Annual statistical returns and brief notes on vaccination in Bengal - 1887-1898
Year: 1887
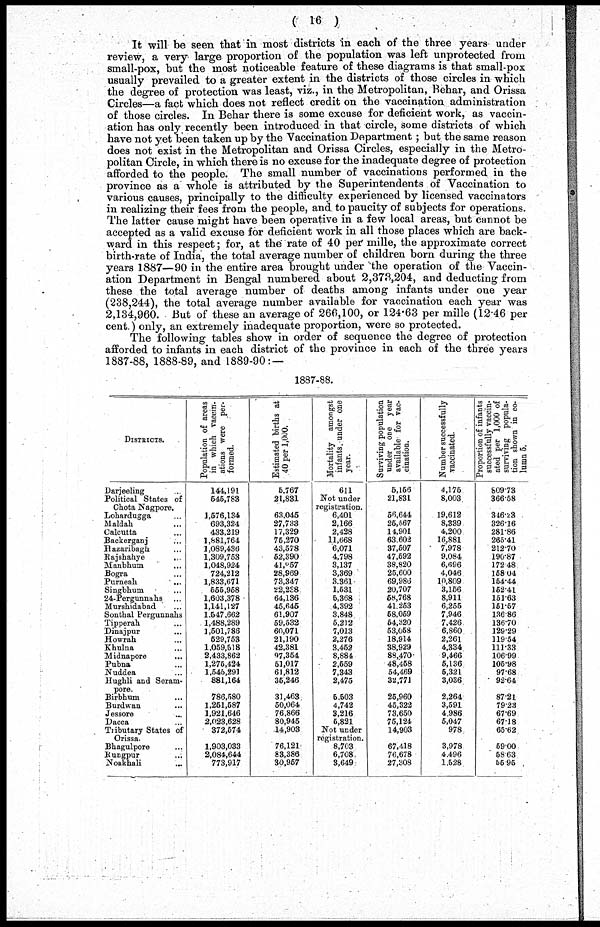
( 16 )
It will be seen that in most districts in each of the three years under
review, a very large proportion of the population was left unprotected from
small-pox, but the most noticeable feature of these diagrams is that small-pox
usually prevailed to a greater extent in the districts of those circles in which
the degree of protection was least, viz., in the Metropolitan, Behar, and Orissa
Circles—a fact which does not reflect credit on the vaccination administration
of those circles. In Behar there is some excuse for deficient work, as vaccin-
ation has only recently been introduced in that circle, some districts of which
have not yet been taken up by the Vaccination Department ; but the same reason
does not exist in the Metropolitan and Orissa Circles, especially in the Metro-
politan Circle, in which there is no excuse for the inadequate degree of protection
afforded to the people. The small number of vaccinations performed in the
province as a whole is attributed by the Superintendents of Vaccination to
various causes, principally to the difficulty experienced by licensed vaccinators
in realizing their fees from the people, and to paucity of subjects for operations.
The latter cause might have been operative in a few local areas, but cannot be
accepted as a valid excuse for deficient work in all those places which are back-
ward in this respect; for, at the rate of 40 per mille, the approximate correct
birth-rate of India, the total average number of children born during the three
years 1887—90 in the entire area brought under the operation of the Vaccin-
ation Department in Bengal numbered about 2,373,204, and deducting from
these the total average number of deaths among infants under one year
(238,244), the total average number available for vaccination each year was
2,134,960. But of these an average of 266,100, or 124.63 per mille (12.46 per
cent.) only, an extremely inadequate proportion, were so protected.
The following tables show in order of sequence the degree of protection
afforded to infants in each district of the province in each of the three years
1887-88, 1888-89, and 1889-90: —
1887-88.
DISTRICTS.
Darjeeling ...
Political States of
Chota Nagpore.
Lohardagga ...
Maldah ...
Calcutta ...
Backerganj ...
Hazaribagh ...
Rajshahye
...
Manbhum ...
Bogra ...
Purneah
...
Singbhum ...
24-Pergunnahs ...
Murshidabad ...
Sonthal Pergunnahs
Tipperah ...
Dinajpur ...
Howrah ...
Khulna ...
Midnapore
...
Pubna ...
Nuddea ...
Hughli and Seram-
pore.
Birbhum ...
Burdwan ...
Jessore ...
Dacca ...
Tributary States of
Orissa.
Bhagulpore ...
Rungpur ...
Noakhali ...
Population of areas
in which vaccin-
ations were per-
formed.
144,191
545,783
1,576,134
693,324
433,219
1,881,764
1,089,436
1,309,753
1,018,924
724,212
1,833,671
555,958
1,603,378
1,141,127
1,547,662
1,488,289
1,501,786
529,753
1,059,518
2,433,862
1,275,424
1,545,291
881,164
786,580
1,261,687
1,921,646
2,023,628
372,674
1,903,033
2,084,644
773,917
Estimated births at
40 per 1,000.
5,767
21,831
63,045
27,733
17,329
76,270
43,578
52,390
41,057
28,969
73,347
22,238
64,136
45,645
61,907
59,532
60,071
21,190
42,381
97,354
51,017
61,812
36,246
31,463
50,064
76,866
80,945
14,903
76,121
83,386
30,967
Mortality amongst
infants under one
year.
611
Not under
registration.
6,401
2,166
2,428
11,668
6,071
4,798
3,137
3,369
3,361
1,631
5,368
4,392
3,848
5,212
7,013
2,276
3,452
8,884
2,559
7,343
2,475
5,503
4,742
3,216
5,821
Not under
registration.
8,703
6,708
3,649
Surviving population
under one year
available for vac-
cination.
6,156
21,831
56,644
26,567
14,901
63,602
37,507
47,592
38,820
25,600
69,986
20,707
58,768
41,253
58,059
54,320
53,058
18,914
38,929
88,470
48,468
54,469
32,771
25,960
45,322
73,650
75,124
14,903
67,418
76,678
27,308
Number successfully
vaccinated.
4,175
8,003
19,612
8,339
4,200
16,881
7,978
9,084
6,696
4,046
10,809
3,156
8,911
6,255
7,946
7,426
6,860
2,261
4,334
9,466
5,136
5,321
3,036
2,264
3,591
4,986
5,047
978
3,978
4,496
1,528
Proportion of infants
successfully vaccin-
ated per 1,000 of
surviving popula-
tion shown in co-
lumn 5.
809.73
366.58
316.23
326,16
281.86
265.41
212.70
190.87
172.48
158.04
154.44
152.41
151.63
151.67
136.86
136.70
129.29
119.54
111.33
106.99
105.98
97.68
92.64
87.21
79.23
67.69
67.18
65.62
59.00
58.63
55.95